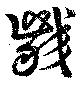
噛